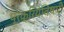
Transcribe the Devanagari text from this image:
प्रक्रियेविषयी